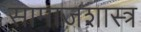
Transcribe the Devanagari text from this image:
सामाजशास्त्र